Annual report of the Imperial Bacteriologist
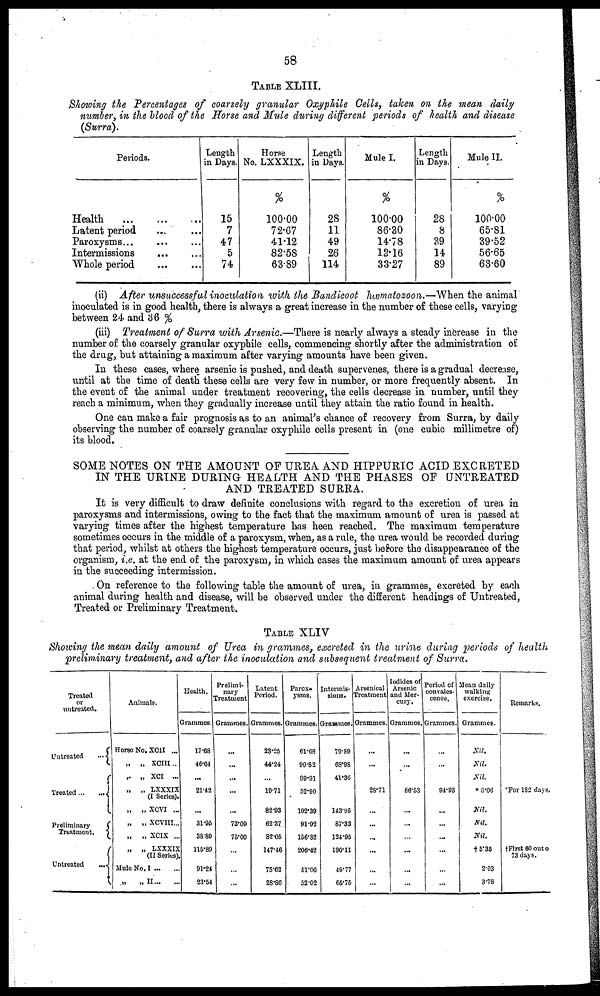
58
TABLE XLIII.
Showing the Percentages of coarsely granular Oxyphile Cells, taken on the mean daily
number, in the blood of the Horse and Mule during different periods of health and disease
(Surra).
Periods.
Health
...
...
...
Latent period ... ...
Paroxysms...
...
...
Intermissions
...
...
Whole period
...
...
Length
in Days.
15
7
47
5
74
Horse
No. LXXXIX.
%
100.00
72.67
41.12
82.58
63.89
Length
in Days.
28
11
49
26
114
Mule I.
%
100.00
86.30
14.78
12.16
33.27
Length
in Days.
28
8
39
14
89
Mule II.
%
100.00
65.81
39.52
56.65
63.60
(ii) After unsuccessful inoculation with the Bandicoot hæmatozoon.—When the animal
inoculated is in good health, there is always a great increase in the number of these cells, varying
between 24 and 36 %
(iii) Treatment of Surra with Arsenic.—There is nearly always a steady increase in the
number of the coarsely granular oxyphile cells, commencing shortly after the administration of
the drug, but attaining a maximum after varying amounts have been given.
In these cases, where arsenic is pushed, and death supervenes, there is a gradual decrease,
until at the time of death these cells are very few in number, or more frequently absent. In
the event of the animal under treatment recovering, the cells decrease in number, until they
reach a minimum, when they gradually increase until they attain the ratio found in health.
One can make a fair prognosis as to an animal's chance of recovery from Surra, by daily
observing the number of coarsely granular oxyphile cells present in (one cubic millimetre of)
its blood.
SOME NOTES ON THE AMOUNT OF UREA AND HIPPURIC ACID EXCRETED
IN THE URINE DURING HEALTH AND THE PHASES OF UNTREATED
AND TREATED SURRA.
It is very difficult to draw definite conclusions with regard to the excretion of urea in
paroxysms and intermissions, owing to the fact that the maximum amount of urea is passed at
varying times after the highest temperature has been reached. The maximum temperature
sometimes occurs in the middle of a paroxysm, when, as a rule, the urea would be recorded during
that period, whilst at others the highest temperature occurs, just before the disappearance of the
organism, i.e. at the end of the paroxysm, in which cases the maximum amount of urea appears
in the succeeding intermission.
On reference to the following table the amount of urea, in grammes, excreted by each
animal during health and disease, will be observed under the different headings of Untreated,
Treated or Preliminary Treatment.
TABLE XLIV
Showing the mean daily amount of Urea in grammes, excreted in the urine during periods of health
preliminary treatment, and after the inoculation and subsequent treatment of Surra.
Treated
or
untreated.
Untreated ... {
Treated...
...{
Preliminary {
Treatment.
{
Untreated
...{
Animals.
Horse No. XCII ...
„ „ XCIII..
„ „ XCI ...
„ „ LXXXIX
(I Series).
„ „ XCVI ...
„ „ XCVIII...
„ „ XCIX ...
„ „ LXXXIX
(II Series).
Mule No. I ... ...
„
„ II... ...
Health.
Grammes.
17.68
46.64
...
21.42
31.95
38.89
115.89
91.24
23.54
Prelimi-
nary
Treatment
Grammes.
...
...
...
...
73.09
75.09
...
...
...
Latent
Period.
Grammes.
23.25
44.24
...
19.71
82.93
62.37
32.05
147.46
75.62
28.86
Parox-
ysms.
Grammes.
61.68
99.82
99.91
52.90
192.39
91.92
156.82
206.42
51.06
52.02
Intermis-
sions.
Grammes.
79.89
68.98
41.36
143.95
87.33
124.95
190.11
49.77
66.75
Arsenical
Treatment
Grammes.
...
...
...
28.71
...
...
...
...
Iodides of 1
Arsenic 1
and Mer-
cury.
Grammes.
...
...
...
86.53
...
...
...
...
Period of
convales-
cence.
Grammes.
...
...
...
94.93
...
...
...
...
Mean daily
walking
exercise.
Grammes.
Nil.
Nil.
Nil
* 5.06
Nil.
Nil.
Nil.
† 5.35
2.03
3.78
Remarks.
*For 182 days.
...
†First 60 out of
73 days.